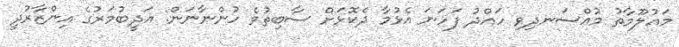
މައުލޫމާތު މުއްސަނދިވި ހައްދު ފަހަނަ އެޅުމާ ދެކޮޅަށް ސާބިތުވެ ހުންނާނަން: އަދީބުމަރުގެ އިންޒާރުދީ